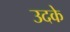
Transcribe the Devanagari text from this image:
उदके